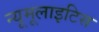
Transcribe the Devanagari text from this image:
न्यूमूलाइटिस